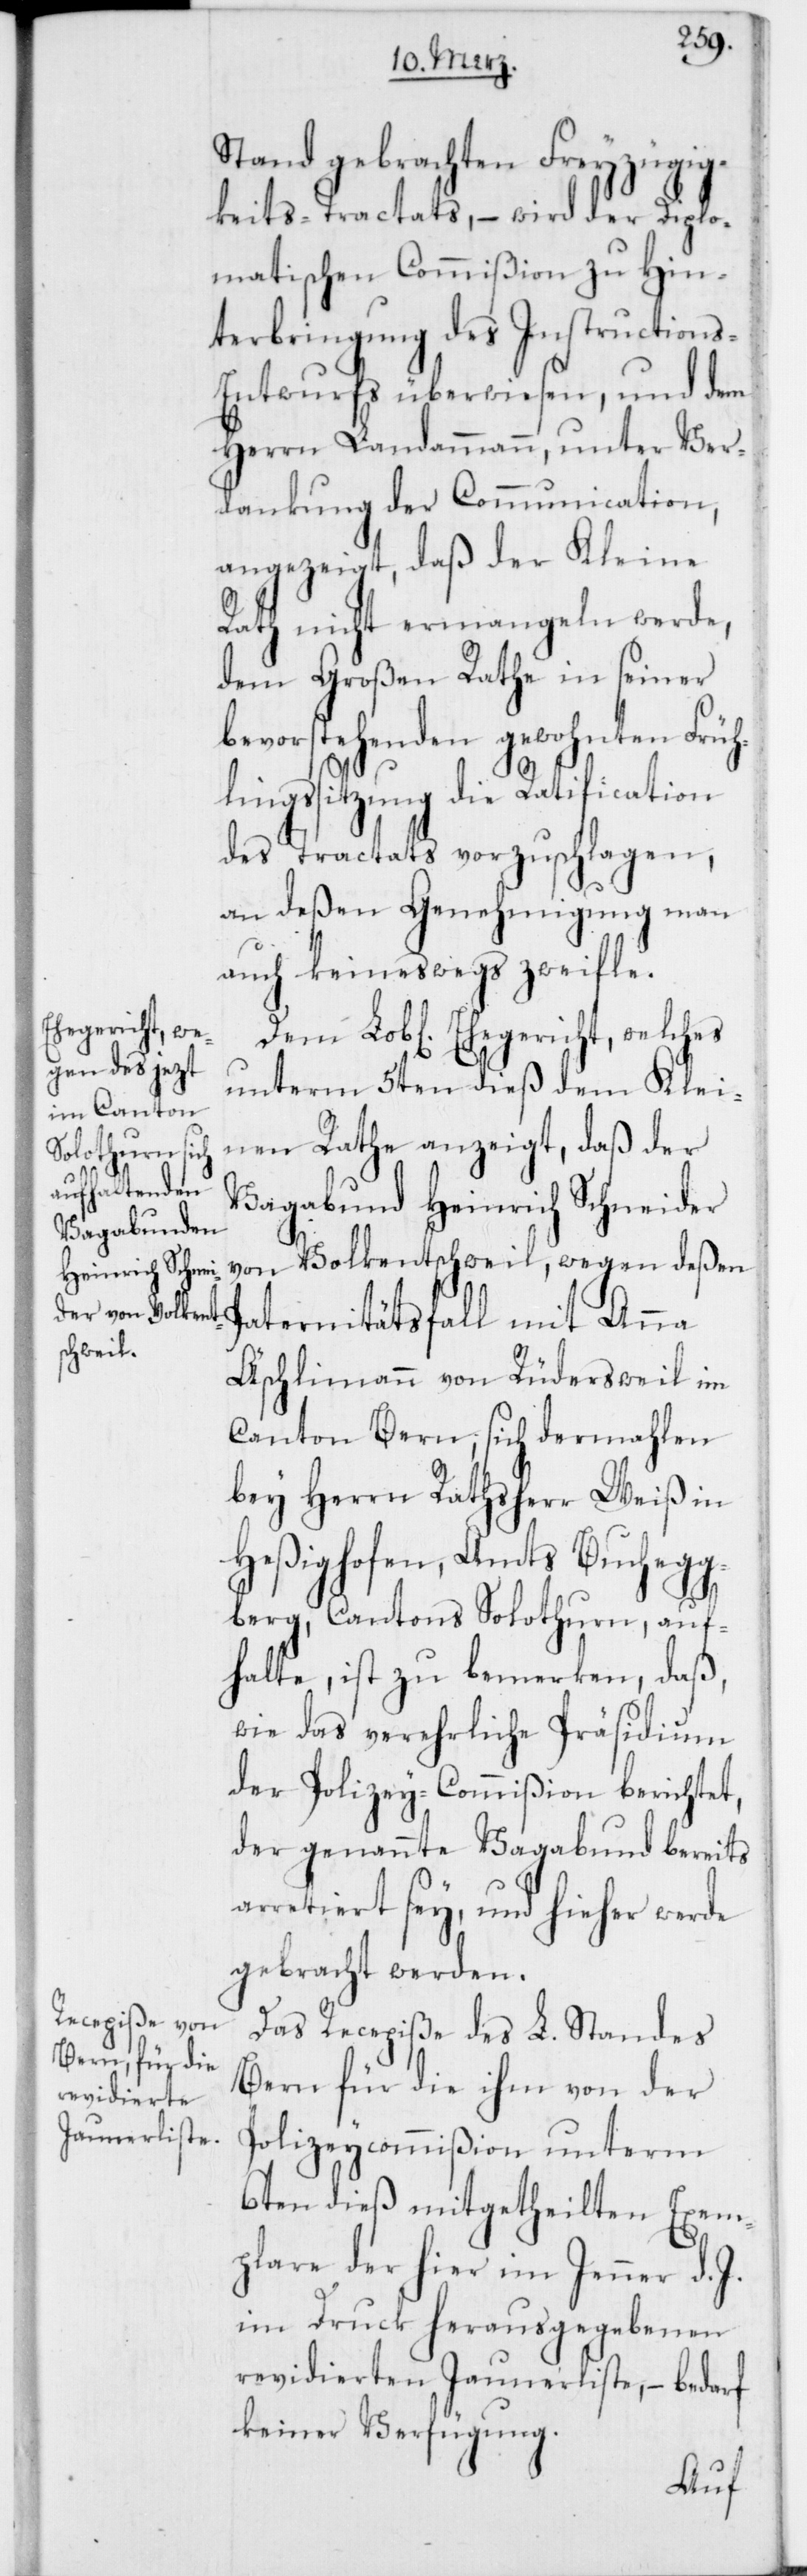
Ehegericht, we¬

lches
Stand gebrachten Freyzügig¬
keits-Tractats, – wird der Diplo¬
matischen Commißion zu Hin¬
terbringung des Instructions-E¬
ntwurfs überwiesen, und dem
Herrn Landammann unter Ver¬
dankung der Communication,
angezeigt, daß der Kleine
Rath nicht ermangeln werde,
dem Großen Rathe in seiner
bevorstehenden gewohnten Früh¬
lingssitzung die Ratification
des Tractats vorzuschlagen,
an deßen Genehmigung man
auch keineswegs zweifle.
unterm 5ten dieß dem Klei¬
nen Rathe anzeigt, daß der
Vagabund Heinrich Schneider
von Volkentschweil, wegen deßen
Paternitätsfall mit Anna
Äschlimann von Rüdersweil im
Canton Bern, sich dermahlen
bey Herrn Rathsherr Weiß in
Heßighofen, Amts Buchegg¬
berg, Cantons Solothurn, auf¬
halte, ist zu bemerken, daß,
wie das verehrliche Präsidium
der Polizey-Commißion berichtet,
der genannte Vagabund bereits
arretiert sey, und hieher werde
gebracht werden.
Das Recepiße des L. Standes
Bern für die ihm von der
Polizeycommißion unterm
6ten dieß mitgetheilten Exem¬
plare der hier im Jenner d. J.
im Druck herausgegebenen
revidierten Jaunerliste, – bedarf
keiner Verfügung.